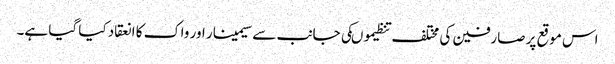
اس موقع پر صارفین کی مختلف تنظیموںکی جانب سے سیمینار اور واک کا انعقاد کیا گیا ہے۔